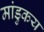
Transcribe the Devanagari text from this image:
मांडुकय